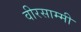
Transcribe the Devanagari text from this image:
वीरसाम्मी